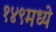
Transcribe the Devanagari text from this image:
१४९मध्ये